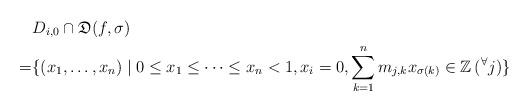
LaTeX: \begin{align*}&D_{i,0} \cap {\mathfrak{D}}(f,\sigma)\\=&\{(x_1,\dots,x_n)\mid0\le x_1\le\dots\le x_n<1,x_i=0,\sum_{k=1}^n m_{j,k}x_{\sigma(k)}\in\mathbb{Z}\,({}^\forall j)\}\end{align*}